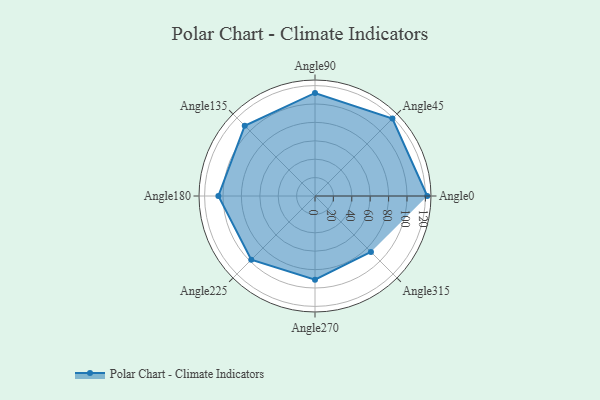
{"axis": {"x": "Angle", "y": "Radius"}, "legend": [""], "data": [{"x": "Angle0", "y": 122.0, "type": ""}, {"x": "Angle45", "y": 119.0, "type": ""}, {"x": "Angle90", "y": 112.0, "type": ""}, {"x": "Angle135", "y": 108.0, "type": ""}, {"x": "Angle180", "y": 105.0, "type": ""}, {"x": "Angle225", "y": 98.0, "type": ""}, {"x": "Angle270", "y": 91.0, "type": ""}, {"x": "Angle315", "y": 86.0, "type": ""}]}